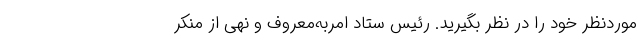
موردنظر خود را در نظر بگیرید. رئیس ستاد امربه‌معروف و نهی از منکر